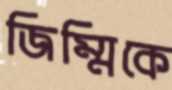
জিম্মিকে